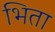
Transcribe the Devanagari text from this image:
भिता